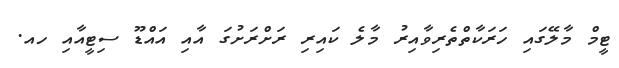
ޓީމް މާލޭގައި ހަރަކާތްތެރިވާއިރު މާލެ ކައިރި ރަށްރަށުގަ އާއި އައްޑޫ ސިޓީއާއި ހއ.